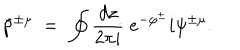
\tilde { p } ^ { \pm \mu } \ = \ \oint \frac { d z } { 2 \pi i } \; e ^ { - \varphi ^ { \pm } } i \psi ^ { \pm \mu } .